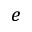
e